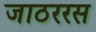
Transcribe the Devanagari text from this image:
जाठररस